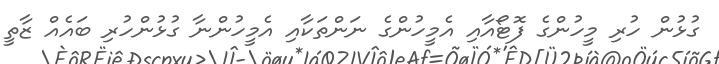
ގުޅުން ހުރި މީހުންގެ ފޮޓޯއާއި އެމީހުންގެ ނަންތަކާއި އެމީހުންނާ ގުޅުންހުރި ބައެއް ޒާތީ